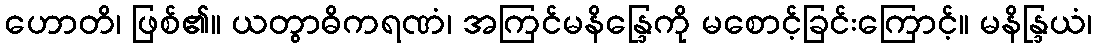
ဟောတိ၊ ဖြစ်၏။ ယတွာဓိကရဏံ၊ အကြင်မနိန္ဒြေကို မစောင့်ခြင်းကြောင့်။ မနိန္ဒြယံ၊